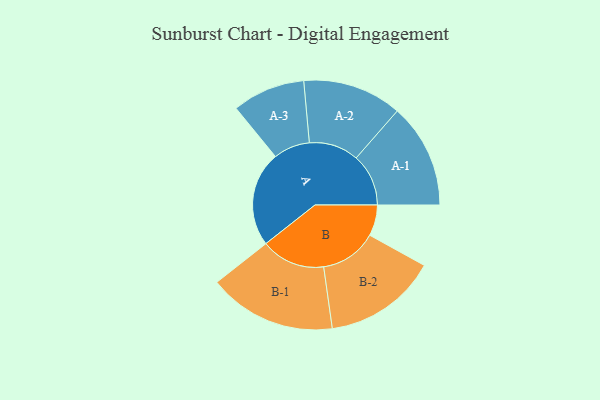
{"axis": {"x": "Segment", "y": "Value"}, "legend": ["", "A", "B"], "data": [{"x": "A", "y": 397, "type": ""}, {"x": "B", "y": 129, "type": ""}, {"x": "A-1", "y": 218, "type": "A"}, {"x": "A-2", "y": 207, "type": "A"}, {"x": "A-3", "y": 152, "type": "A"}, {"x": "B-1", "y": 267, "type": "B"}, {"x": "B-2", "y": 237, "type": "B"}]}